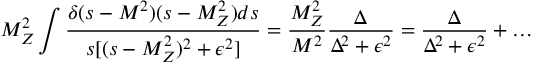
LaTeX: M _ { Z } ^ { 2 } \int { \frac { \delta ( s - M ^ { 2 } ) ( s - M _ { Z } ^ { 2 } ) d s } { s [ ( s - M _ { Z } ^ { 2 } ) ^ { 2 } + \epsilon ^ { 2 } ] } } = { \frac { M _ { Z } ^ { 2 } } { M ^ { 2 } } } { \frac { \Delta } { \Delta ^ { 2 } + \epsilon ^ { 2 } } } = { \frac { \Delta } { \Delta ^ { 2 } + \epsilon ^ { 2 } } } + \ldots